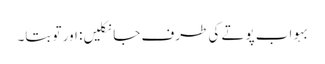
بہو اب پوتے کی طرف جا نکلیں: اور تو بتا۔